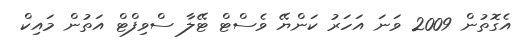
އެގޮތުން 2009 ވަނަ އަހަރު ކަންޔޭ ވެސްޓް ޓޭލާ ސްވިފްޓް އަތުން މައިކް